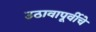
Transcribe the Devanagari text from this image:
उठावापूर्वीचे